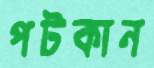
পটকান